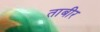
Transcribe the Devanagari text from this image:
ताबीर